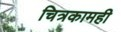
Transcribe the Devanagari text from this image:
चित्रकामही